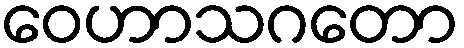
ဝေဟာသဂတော